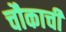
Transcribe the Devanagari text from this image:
चौकाची